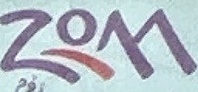
zom